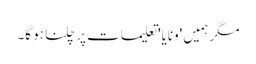
مگر ہمیں 'ونایا' تعلیمات پر چلنا ہو گا۔